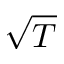
\sqrt { T }